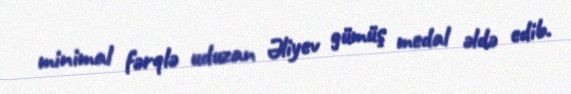
minimal fərqlə uduzan Əliyev gümüş medal əldə edib.